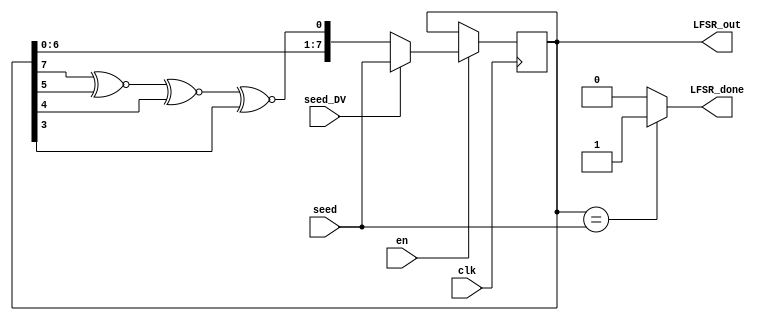
`timescale 1ns/1ps

module PUF_LFSR #(parameter width = 8)(

	input clk, en, seed_DV,
	input [width-1:0] seed,
	
	output [width-1:0] LFSR_out,
	output LFSR_done

);

reg [width:1] reg_LFSR = 0;
reg reg_XNOR;

always@(posedge clk)
begin
	if(en == 1'b1)
	begin	
		if(seed_DV == 1'b1) reg_LFSR <= seed;
		else reg_LFSR <= {reg_LFSR[width-1:1], reg_XNOR};
	end
end

always@(*)
begin
	case(width)
	
		3 : begin reg_XNOR = reg_LFSR[3] ^~  reg_LFSR[2]; end
		4 : begin reg_XNOR = reg_LFSR[4] ^~  reg_LFSR[3]; end
		5 : begin reg_XNOR = reg_LFSR[5] ^~  reg_LFSR[3]; end
		6 : begin reg_XNOR = reg_LFSR[6] ^~  reg_LFSR[5]; end
		
		7 : begin reg_XNOR = reg_LFSR[7] ^~  reg_LFSR[6]; end
		8 : begin reg_XNOR = reg_LFSR[8] ^~  reg_LFSR[6] ^~  reg_LFSR[5] ^~  reg_LFSR[4]; end
		9 : begin reg_XNOR = reg_LFSR[9] ^~  reg_LFSR[5]; end
		10 : begin reg_XNOR = reg_LFSR[10] ^~  reg_LFSR[7]; end
		
	   11 : begin reg_XNOR = reg_LFSR[11] ^~  reg_LFSR[9]; end
		12 : begin reg_XNOR = reg_LFSR[12] ^~  reg_LFSR[6] ^~  reg_LFSR[4] ^~  reg_LFSR[1]; end
		13 : begin reg_XNOR = reg_LFSR[13] ^~  reg_LFSR[4] ^~  reg_LFSR[3] ^~  reg_LFSR[1]; end
		14 : begin reg_XNOR = reg_LFSR[14] ^~  reg_LFSR[5] ^~  reg_LFSR[3] ^~  reg_LFSR[1]; end
		
		15 : begin reg_XNOR = reg_LFSR[15] ^~  reg_LFSR[14]; end
		16 : begin reg_XNOR = reg_LFSR[16] ^~  reg_LFSR[15] ^~  reg_LFSR[13] ^~  reg_LFSR[4]; end
		17 : begin reg_XNOR = reg_LFSR[17] ^~  reg_LFSR[14]; end
		18 : begin reg_XNOR = reg_LFSR[18] ^~  reg_LFSR[11]; end
		
		19 : begin reg_XNOR = reg_LFSR[19] ^~  reg_LFSR[6] ^~  reg_LFSR[2] ^~  reg_LFSR[1]; end
		20 : begin reg_XNOR = reg_LFSR[20] ^~  reg_LFSR[17]; end
		21 : begin reg_XNOR = reg_LFSR[21] ^~  reg_LFSR[19]; end
		22 : begin reg_XNOR = reg_LFSR[22] ^~  reg_LFSR[21]; end
		
		23 : begin reg_XNOR = reg_LFSR[23] ^~  reg_LFSR[18]; end
		24 : begin reg_XNOR = reg_LFSR[24] ^~  reg_LFSR[23] ^~  reg_LFSR[22] ^~  reg_LFSR[17]; end
		25 : begin reg_XNOR = reg_LFSR[25] ^~  reg_LFSR[22]; end
		26 : begin reg_XNOR = reg_LFSR[26] ^~  reg_LFSR[6] ^~  reg_LFSR[2] ^~  reg_LFSR[1]; end
		
		27 : begin reg_XNOR = reg_LFSR[27] ^~  reg_LFSR[5] ^~  reg_LFSR[2] ^~  reg_LFSR[1]; end
		28 : begin reg_XNOR = reg_LFSR[28] ^~  reg_LFSR[25]; end
		29 : begin reg_XNOR = reg_LFSR[29] ^~  reg_LFSR[27]; end
		30 : begin reg_XNOR = reg_LFSR[30] ^~  reg_LFSR[6] ^~  reg_LFSR[4] ^~  reg_LFSR[1]; end
		
		31 : begin reg_XNOR = reg_LFSR[31] ^~  reg_LFSR[28]; end
		32 : begin reg_XNOR = reg_LFSR[32] ^~  reg_LFSR[22] ^~  reg_LFSR[2] ^~  reg_LFSR[1]; end
	endcase
end

assign LFSR_out = reg_LFSR[width:1];
assign LFSR_done = (reg_LFSR[width:1] == seed) ? 1'b1 : 1'b0;

endmodule